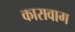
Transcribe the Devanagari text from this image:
कारावाग